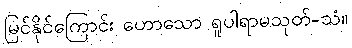
မြင်နိုင်ကြောင်း ဟောသော ရူပါရာမသုတ်-သံ။